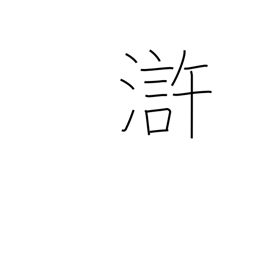
Meaning: vicinity